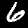
Digit: 6